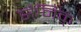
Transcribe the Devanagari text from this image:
सैनिक्